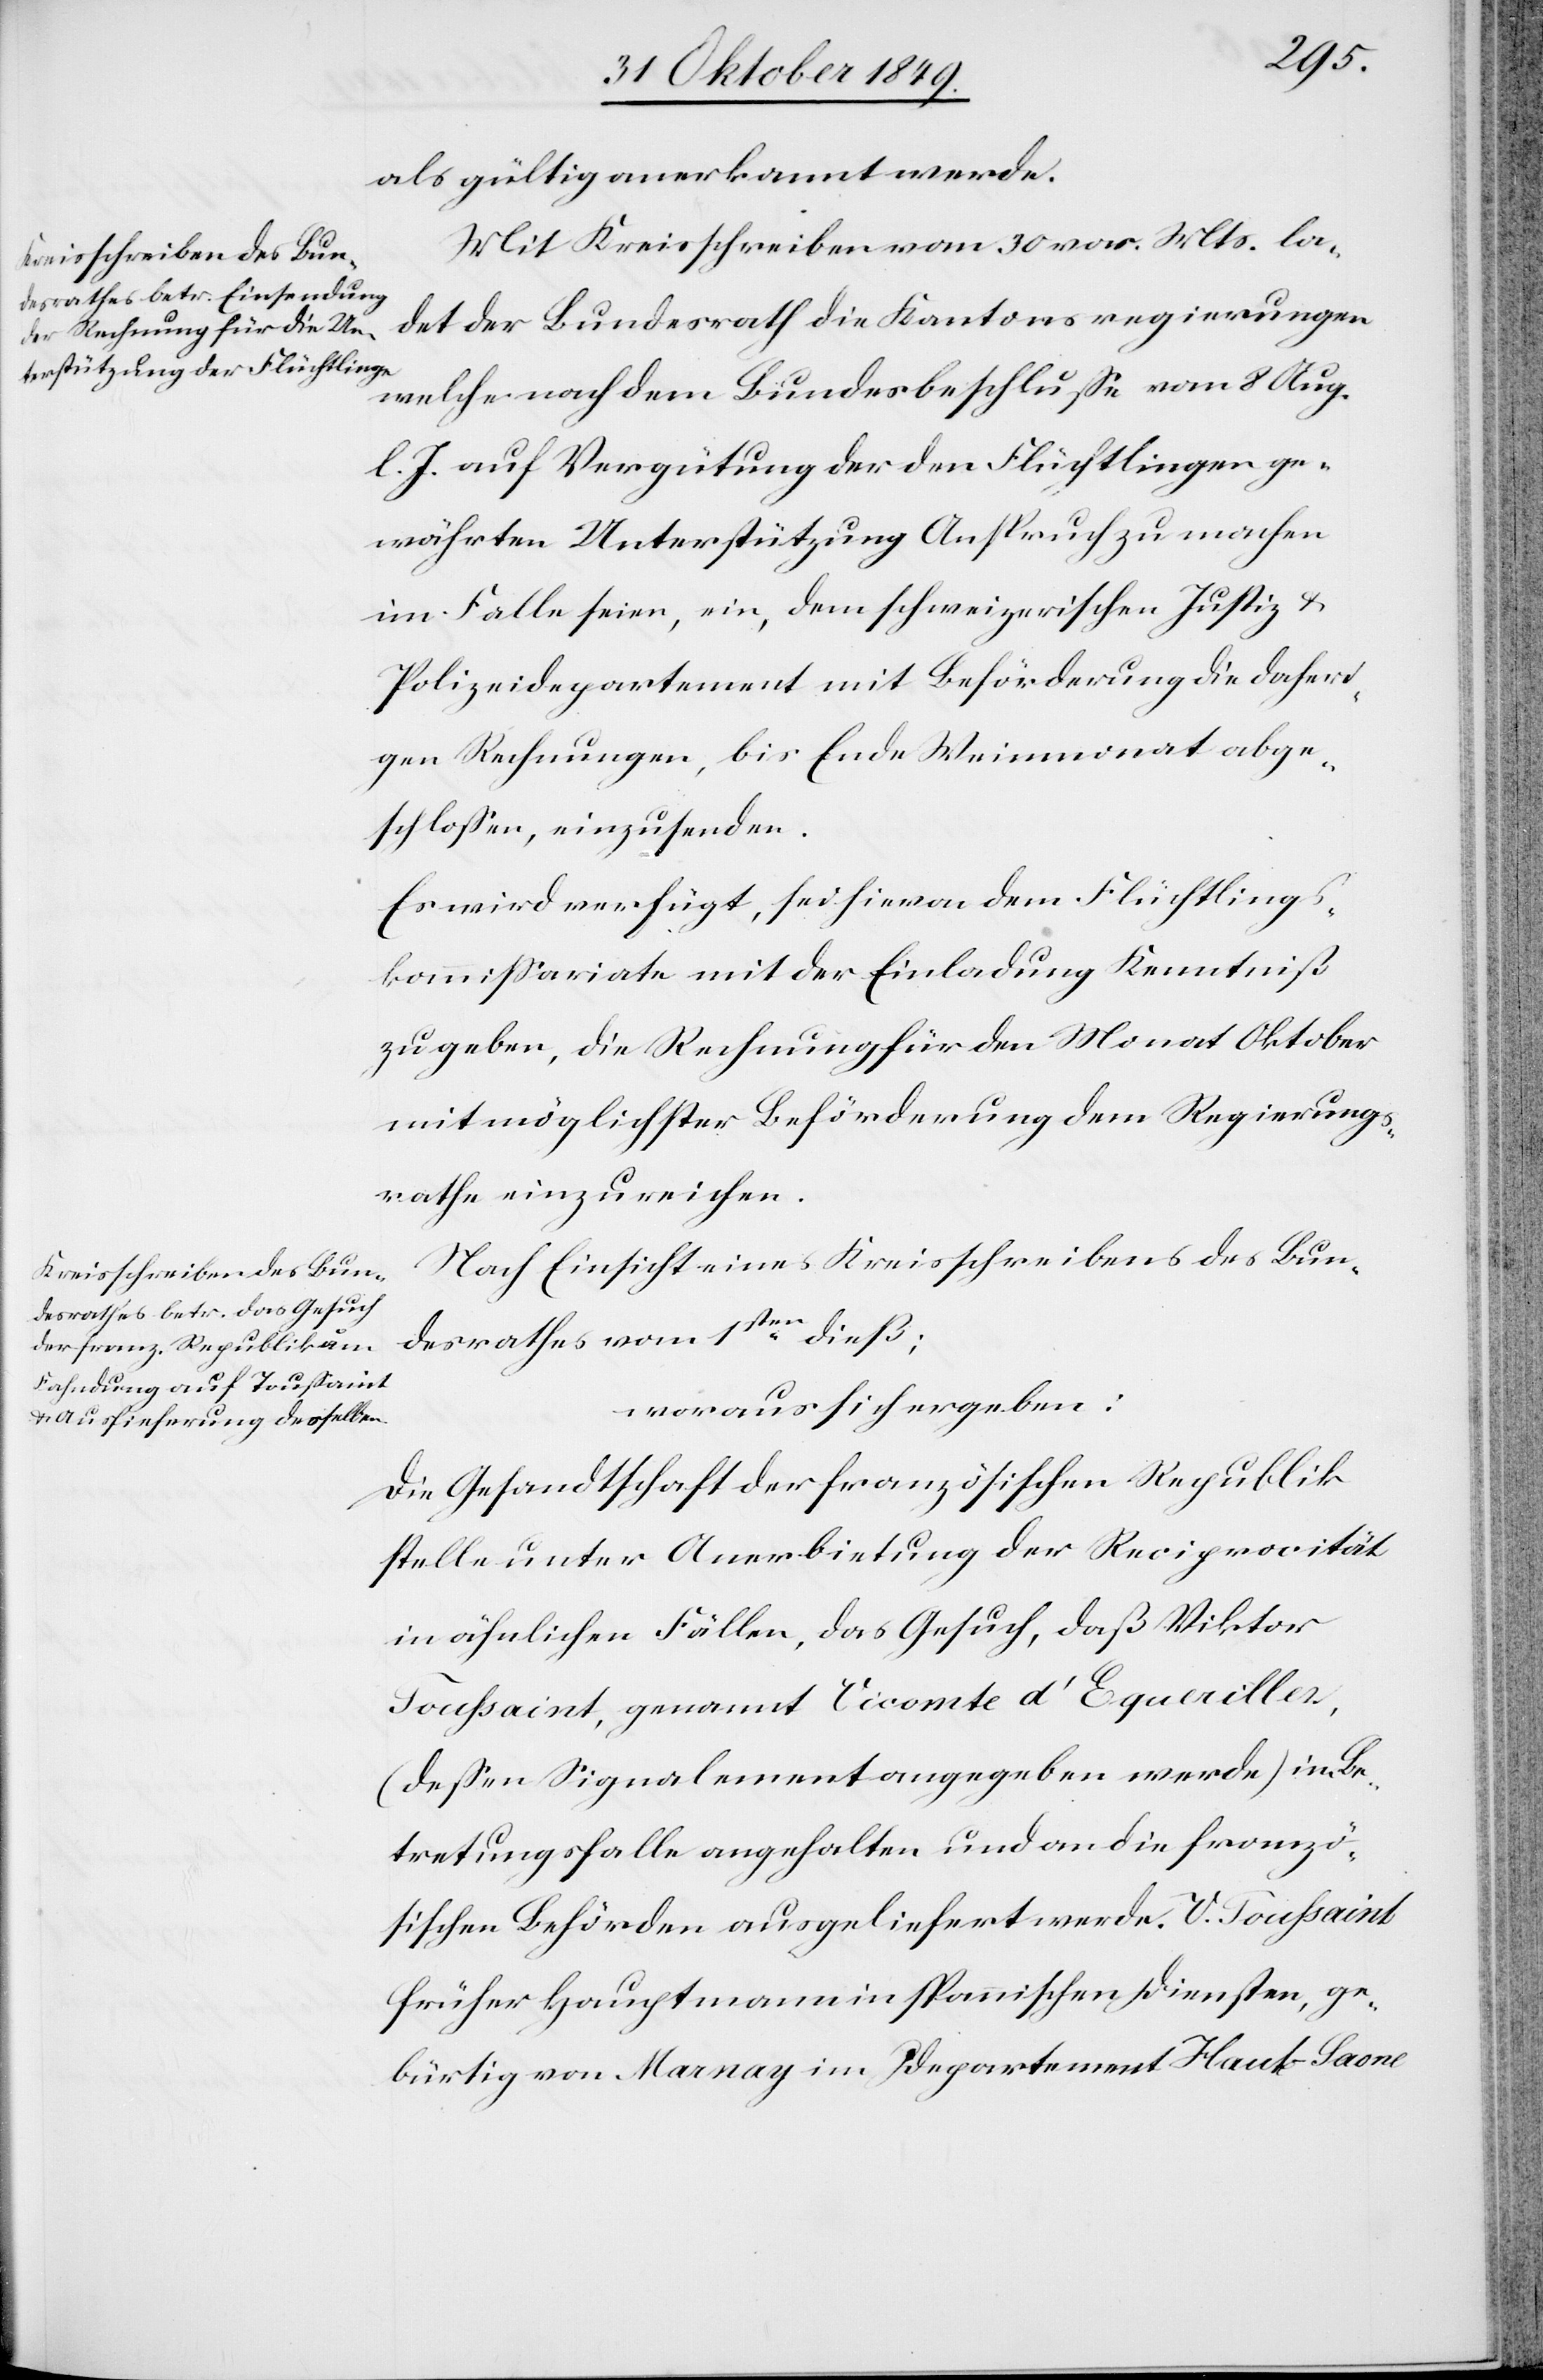
als gültig anerkannt werde.
Mit Kreisschreiben vom 30 v. Mts. la¬
det der Bundesrath die Kantonsregierungen
welche nach dem Bundesbeschluße vom 8 Aug.
l. J. auf Vergütung der den Flüchtlingen ge¬
währten Unterstützung Anspruch zu machen
im Falle seien, ein, dem schweizerischen Justiz- u.
Polizeidepartement mit Beförderung die daheri¬
gen Rechnungen, bis Ende Weinmonat abge¬
schloßen, einzusenden.
Es wird verfügt, sei hievon dem Flüchtlings¬
kommißariate mit der Einladung Kenntniß
zu geben, die Rechnung für den Monat Oktober
mit möglichster Beförderung dem Regierungs¬
rathe einzureichen.
Nach Einsicht eines Kreisschreibens des Bun¬
desrathes vom 1sten dieß:
woraus sich ergeben:
Die Gesandtschaft der französischen Republik
stelle unter Anerbietung der Reciprocität
in ähnlichen Fällen, das Gesuch, daß Viktor
Toussaint, genannt Cicomte d’Equailles,
(deßen Signalement angegeben werde) im Be¬
tretungsfalle angehalten und an die franzö¬
sischen Behörden ausgeliefert werde. V. Toussaint
früher Hauptmann in spanischen Diensten, ge¬
bürtig von Manay im Departement Haut-Laone